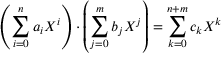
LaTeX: \left( \sum _ { i = 0 } ^ { n } a _ { i } X ^ { i } \right) \cdot \left( \sum _ { j = 0 } ^ { m } b _ { j } X ^ { j } \right) = \sum _ { k = 0 } ^ { n + m } c _ { k } X ^ { k }